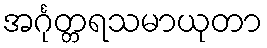
အင်္ဂုတ္တရသမာယုတာ